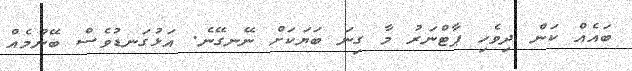
ބައެއް ކަން ދިވެހި ޕާޓްނަރު މާ ގިނަ ބަޔަކަށް ނޭނގޭނެ. އަޅުގަނޑުވެސް ބޭނުމެއް